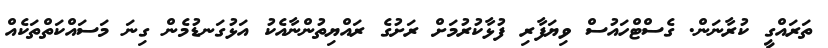
ތަރައްގީ ކުރާނަން. ގެސްޓްހައުސް ވިޔަފާރި ފުޅާކުރުމަށް ރަށުގެ ރައްޔިތުންނާއެކު އަޅުގަނޑުމެން ގިނަ މަސައްކަތްތަކެއް